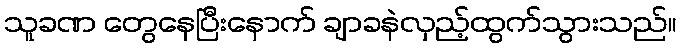
သူခဏ တွေနေပြီးနောက် ချာခနဲလှည့်ထွက်သွားသည်။